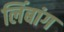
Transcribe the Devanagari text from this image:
लिंबांग